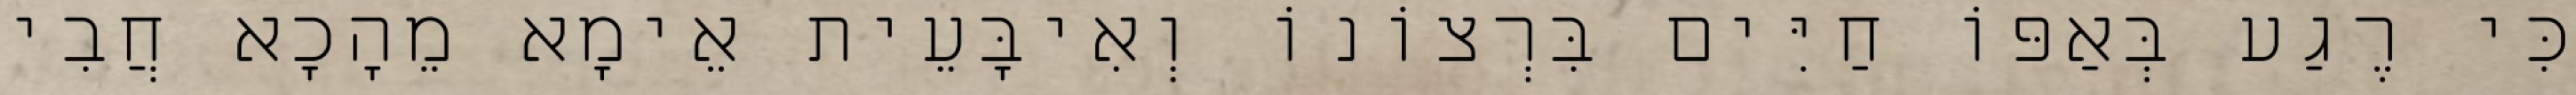
כִּי רֶגַע בְּאַפּוֹ חַיִּים בִּרְצוֹנוֹ וְאִיבָּעֵית אֵימָא מֵהָכָא חֲבִי